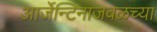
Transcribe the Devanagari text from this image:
आर्जेन्टिनाजवळच्या